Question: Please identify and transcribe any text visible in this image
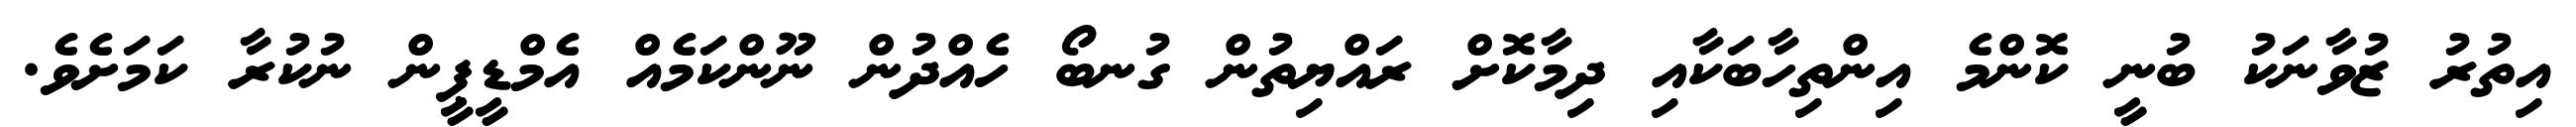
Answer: އިތުރު ޒުވާނަކު ބުނީ ކޮންމެ އިންތިހާބަކާއި ދިމާކޮށް ރައްޔިތުން ގުނބޯ ހެއްދުން ނޫންކަމެއް އެމްޑީޕީން ނުކުރާ ކަމަށެވެ.